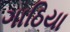
ગાઠિયા